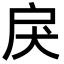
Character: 戾